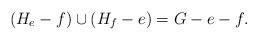
LaTeX: \begin{align*}(H_e-f)\cup (H_f-e)=G-e-f.\end{align*}